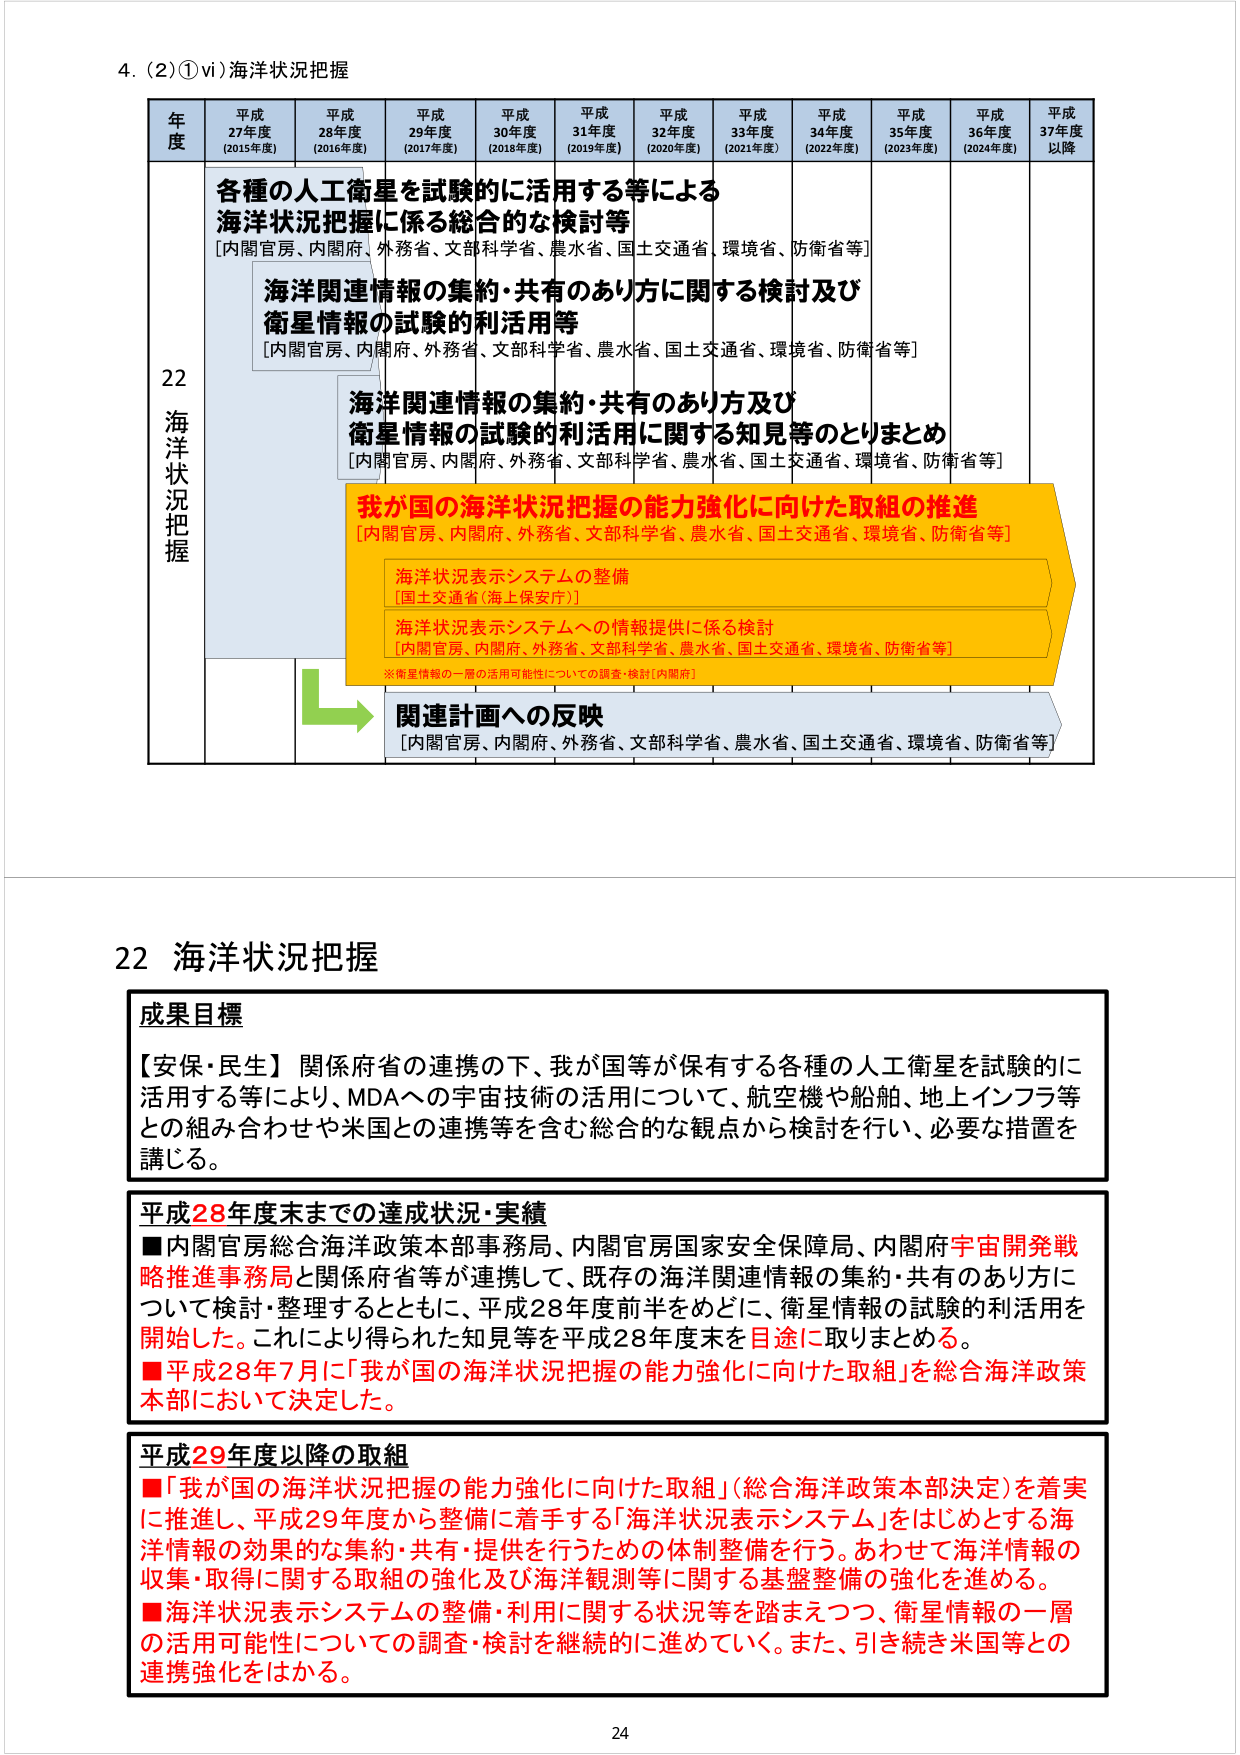
4. (2) ① vi) 海洋状況把握

年度 平成27年度 (2015年度) 平成28年度 (2016年度) 平成29年度 (2017年度) 平成30年度 (2018年度) 平成31年度 (2019年度) 平成32年度 (2020年度) 平成33年度 (2021年度) 平成34年度 (2022年度) 平成35年度 (2023年度) 平成36年度 (2024年度) 平成37年度 以降

22 海洋状況把握

各種の人工衛星を試験的に活用する等による 海洋状況把握に係る総合的な検討等 [内閣官房、内閣府、外務省、文部科学省、農水省、国土交通省、環境省、防衛省等]

海洋関連情報の集約・共有のあり方に関する検討及び 衛星情報の試験的利活用等 [内閣官房、内閣府、外務省、文部科学省、農水省、国土交通省、環境省、防衛省等]

海洋関連情報の集約・共有のあり方及び 衛星情報の試験的利活用に関する知見等のとりまとめ [内閣官房、内閣府、外務省、文部科学省、農水省、国土交通省、環境省、防衛省等]

我が国の海洋状況把握の能力強化に向けた取組の推進 [内閣官房、内閣府、外務省、文部科学省、農水省、国土交通省、環境省、防衛省等]

海洋状況表示システムの整備 [国土交通省(海上保安庁)]

海洋状況表示システムへの情報提供に係る検討 [内閣官房、内閣府、外務省、文部科学省、農水省、国土交通省、環境省、防衛省等]

※衛星情報の一層の活用可能性についての調査・検討[内閣府]

関連計画への反映 [内閣官房、内閣府、外務省、文部科学省、農水省、国土交通省、環境省、防衛省等]

22 海洋状況把握

成果目標

【安保・民生】関係府省の連携の下、我が国等が保有する各種の人工衛星を試験的に活用する等により、MDAへの宇宙技術の活用について、航空機や船舶、地上インフラ等との組み合わせや米国との連携等を含む総合的な観点から検討を行い、必要な措置を講じる。

平成28年度末までの達成状況・実績

■内閣官房総合海洋政策本部事務局、内閣官房国家安全保障局、内閣府宇宙開発戦略推進事務局と関係府省等が連携して、既存の海洋関連情報の集約・共有のあり方について検討・整理するとともに、平成28年度前半をめどに、衛星情報の試験的利活用を開始した。これにより得られた知見等を平成28年度末を目途に取りまとめる。

■平成28年7月に「我が国の海洋状況把握の能力強化に向けた取組」を総合海洋政策本部において決定した。

平成29年度以降の取組

■「我が国の海洋状況把握の能力強化に向けた取組」(総合海洋政策本部決定)を着実に推進し、平成29年度から整備に着手する「海洋状況表示システム」をはじめとする海洋情報の効果的な集約・共有・提供を行うための体制整備を行う。あわせて海洋情報の収集・取得に関する取組の強化及び海洋観測等に関する基盤整備の強化を進める。

■海洋状況表示システムの整備・利用に関する状況等を踏まえつつ、衛星情報の一層の活用可能性についての調査・検討を継続的に進めていく。また、引き続き米国等との連携強化をはかる。

24